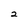
Character: 2